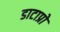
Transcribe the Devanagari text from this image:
डाटाप्रो